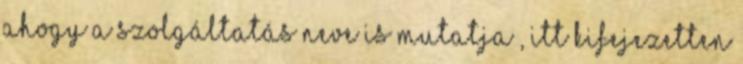
ahogy a szolgáltatás neve is mutatja , itt kifejezetten